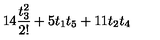
1 4 \frac { t _ { 3 } ^ { 2 } } { 2 ! } + 5 t _ { 1 } t _ { 5 } + 1 1 t _ { 2 } t _ { 4 }